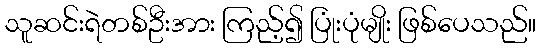
သူဆင်းရဲတစ်ဦးအား ကြည့်၍ ပြုံးပုံမျိုး ဖြစ်ပေသည်။